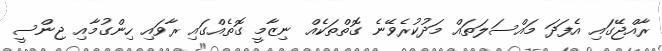
ރާއްޖޭގައި އެފަދަ މައްސަލަތައް މަދުކުރެވޭނެ ގޮތްތަކެއް ނިޒާމީ ގޮތެއްގައި ރާވައި ހިންގުމާއި ޖިންސީ